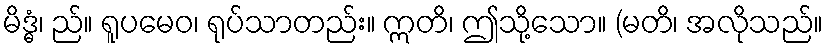
မိဒ္ဓံ၊ ည်။ ရူပမေဝ၊ ရုပ်သာတည်း။ ဣတိ၊ ဤသို့သော။ (မတိ၊ အလိုသည်။